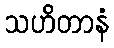
သဟိတာနံ